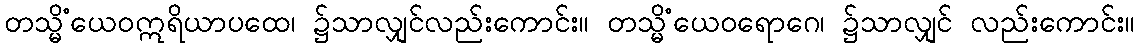
တသ္မိံယေဝဣရိယာပထေ၊ ၌သာလျှင်လည်းကောင်း။ တသ္မိံယေဝရောဂေ၊ ၌သာလျှင် လည်းကောင်း။